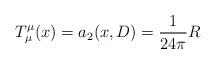
LaTeX: \begin{align*} T^\mu_\mu(x) = a_2(x, D) = \frac{1}{24\pi}R \end{align*}